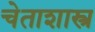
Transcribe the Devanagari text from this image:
चेताशास्त्र